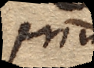
prima